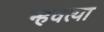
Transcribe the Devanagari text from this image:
न्हवत्या